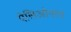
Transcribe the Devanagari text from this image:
पेलिओनाथ